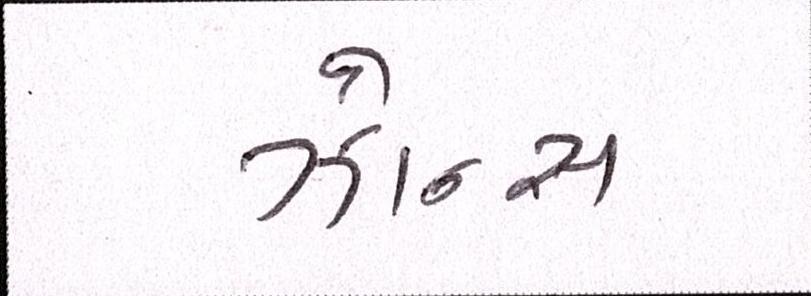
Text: ઝોન્સ